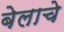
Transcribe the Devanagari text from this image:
बेलाचे